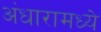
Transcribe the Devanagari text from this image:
अंधारामध्ये